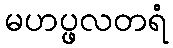
မဟပ္ဖလတရံ